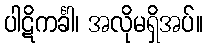
ပါဋိကင်္ခါ၊ အလိုမရှိအပ်။